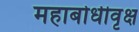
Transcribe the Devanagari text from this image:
महाबोधीवृक्ष